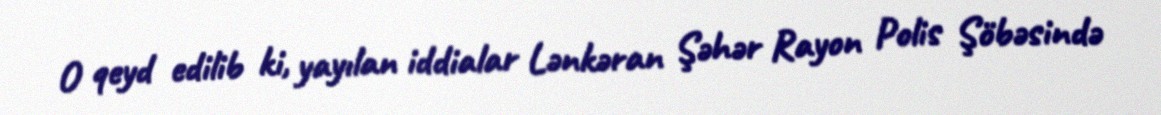
O qeyd edilib ki, yayılan iddialar Lənkəran Şəhər Rayon Polis Şöbəsində